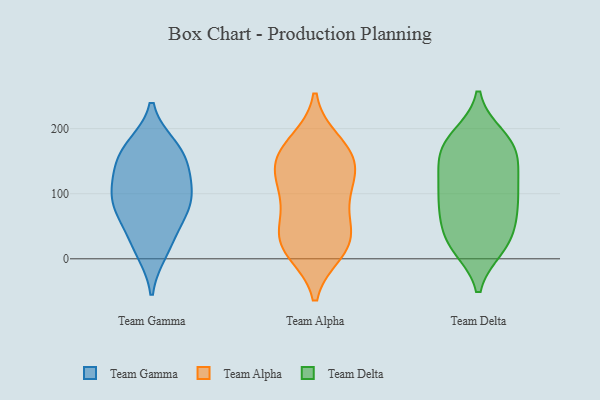
{"axis": {"x": "Gross Profit (USD K)", "y": "Value"}, "legend": ["Team Alpha", "Team Delta", "Team Gamma"], "data": [{"x": "", "y": 51, "type": "Team Gamma"}, {"x": "", "y": 129, "type": "Team Gamma"}, {"x": "", "y": 166, "type": "Team Gamma"}, {"x": "", "y": 81, "type": "Team Gamma"}, {"x": "", "y": 93, "type": "Team Gamma"}, {"x": "", "y": 101, "type": "Team Gamma"}, {"x": "", "y": 19, "type": "Team Gamma"}, {"x": "", "y": 11, "type": "Team Gamma"}, {"x": "", "y": 128, "type": "Team Gamma"}, {"x": "", "y": 170, "type": "Team Gamma"}, {"x": "", "y": 89, "type": "Team Gamma"}, {"x": "", "y": 146, "type": "Team Gamma"}, {"x": "", "y": 68, "type": "Team Gamma"}, {"x": "", "y": 173, "type": "Team Gamma"}, {"x": "", "y": 142, "type": "Team Alpha"}, {"x": "", "y": 170, "type": "Team Alpha"}, {"x": "", "y": 142, "type": "Team Alpha"}, {"x": "", "y": 161, "type": "Team Alpha"}, {"x": "", "y": 41, "type": "Team Alpha"}, {"x": "", "y": 51, "type": "Team Alpha"}, {"x": "", "y": 104, "type": "Team Alpha"}, {"x": "", "y": 11, "type": "Team Alpha"}, {"x": "", "y": 24, "type": "Team Alpha"}, {"x": "", "y": 94, "type": "Team Alpha"}, {"x": "", "y": 13, "type": "Team Alpha"}, {"x": "", "y": 179, "type": "Team Alpha"}, {"x": "", "y": 31, "type": "Team Alpha"}, {"x": "", "y": 102, "type": "Team Alpha"}, {"x": "", "y": 144, "type": "Team Alpha"}, {"x": "", "y": 21, "type": "Team Delta"}, {"x": "", "y": 129, "type": "Team Delta"}, {"x": "", "y": 178, "type": "Team Delta"}, {"x": "", "y": 105, "type": "Team Delta"}, {"x": "", "y": 51, "type": "Team Delta"}, {"x": "", "y": 58, "type": "Team Delta"}, {"x": "", "y": 18, "type": "Team Delta"}, {"x": "", "y": 127, "type": "Team Delta"}, {"x": "", "y": 161, "type": "Team Delta"}, {"x": "", "y": 89, "type": "Team Delta"}, {"x": "", "y": 98, "type": "Team Delta"}, {"x": "", "y": 188, "type": "Team Delta"}, {"x": "", "y": 185, "type": "Team Delta"}, {"x": "", "y": 169, "type": "Team Delta"}, {"x": "", "y": 80, "type": "Team Delta"}, {"x": "", "y": 22, "type": "Team Delta"}, {"x": "", "y": 23, "type": "Team Delta"}, {"x": "", "y": 165, "type": "Team Delta"}, {"x": "", "y": 133, "type": "Team Delta"}, {"x": "", "y": 72, "type": "Team Delta"}]}